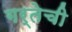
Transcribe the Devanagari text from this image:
गर्तेची